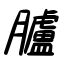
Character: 臚